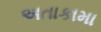
અતાકામા